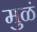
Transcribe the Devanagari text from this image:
मुळं